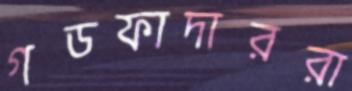
গডফাদাররা